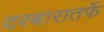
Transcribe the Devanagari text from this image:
दरबारातर्फे